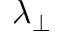
\lambda _ { \perp }